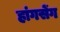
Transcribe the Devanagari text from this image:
हांगसेंग